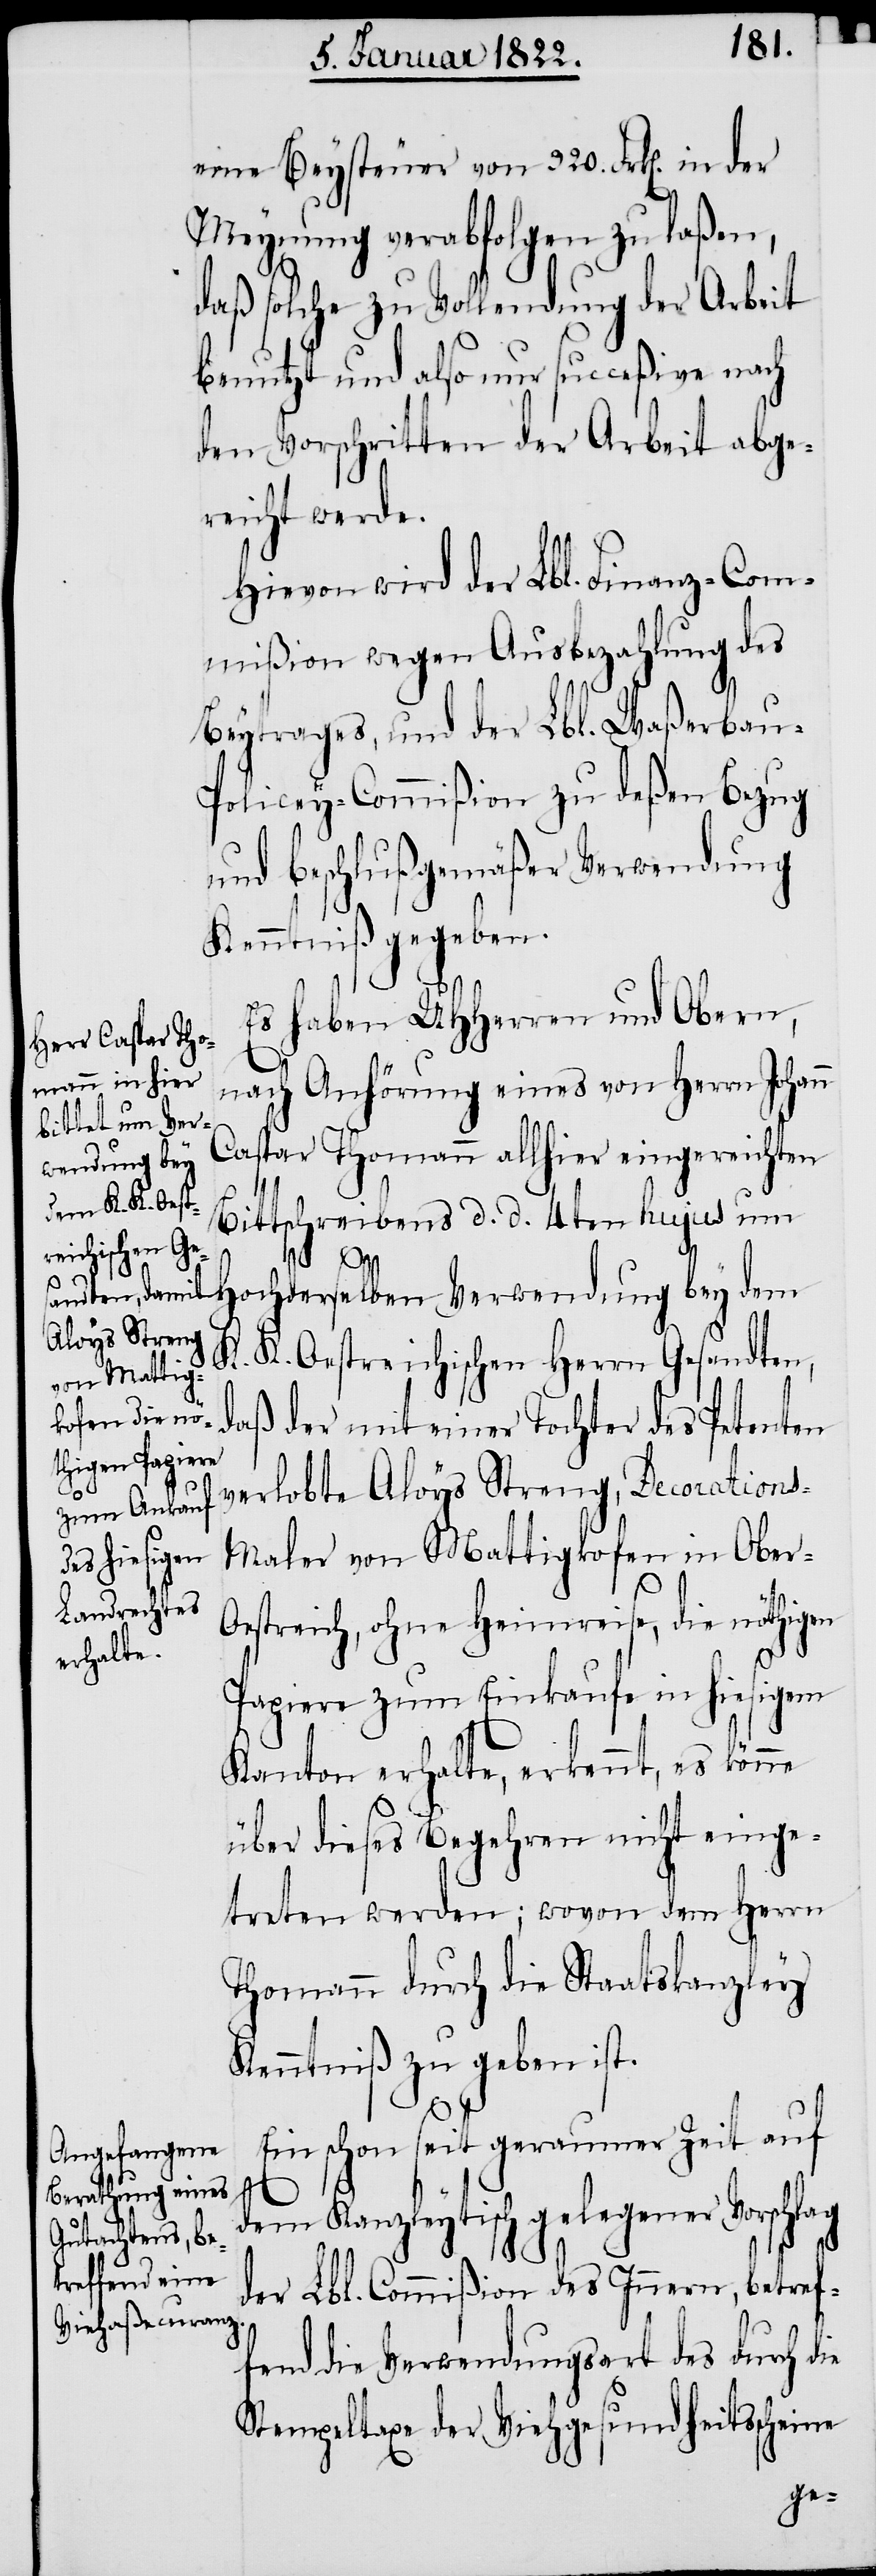
eine Beysteuer von 320. Frk[en]. in
Meynung verabfolgen zu laßen,
daß solche zu Vollendung der Arbeit
benutzt und also nur succeßive nach
den Vorschriften der Arbeit abge¬
reicht werde.
Hievon wird der Lbl. Finanz-Com¬
mißion wegen Ausbezahlung des
Beytrages, und der Lbl. Waßerbau-P¬
olicey-Commißion zu deßen Bezug
und beschlußgemäßer Verwendung
Kenntniß gegeben.
Es haben UHHerren und Obern,
nach Anhörung eines von Herrn Johann
Caspar Thomann allhier eingereichten
Bittschreibens d. d. 4ten hujus um
Hochderselben Verwendung bey dem
K.
K. Oestreichischen Herrn Gesandten,
daß der mit einer Tochter des Petenten
verlobte Aloys Streng, Decorations-M¬
aler von Mattigkofen in Ober-O¬
estreich, ohne Heimreise, die nöthigen
Papiere zum Einkaufe in hiesigem
Kanton erhalte, erkennt, es könne
über dieses Begehren nicht einge¬
treten werden; wovon dem Herrn
Thomann durch die Staatskanzley
Kenntniß zu geben ist.
Ein schon seit geraumer Zeit auf
dem Kanzleytisch gelegener Vorschlag
der Lbl. Commißion des Innern, betref¬
fend die Verwendungsart des durch die
Stempeltaxe der Viehgesundheitsscheine